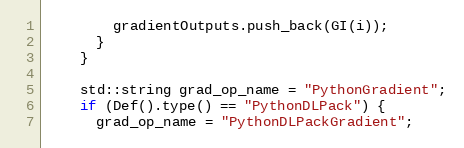
Language: C++
        gradientOutputs.push_back(GI(i));
      }
    }

    std::string grad_op_name = "PythonGradient";
    if (Def().type() == "PythonDLPack") {
      grad_op_name = "PythonDLPackGradient";